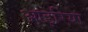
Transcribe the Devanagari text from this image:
आइरिया